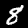
Label: 8